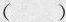
()